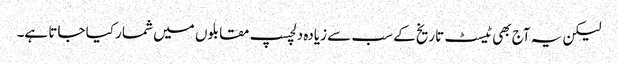
لیکن یہ آج بھی ٹیسٹ تاریخ کے سب سے زیادہ دلچسپ مقابلوں میں شمار کیا جاتا ہے۔